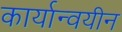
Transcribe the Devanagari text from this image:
कार्यान्वयीन